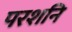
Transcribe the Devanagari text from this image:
परशनि